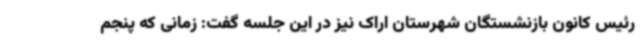
رئیس کانون بازنشستگان شهرستان اراک نیز در این جلسه گفت: زمانی که پنجم